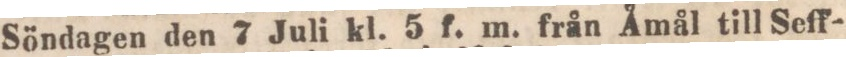
Söndagen den 7 Juli kl. 5 f. m. från Åmål till Seff-